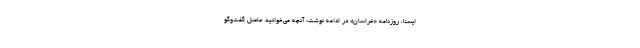
ایسنا، روزنامه «خراسان» در ادامه نوشت: آنچه می‌خوانید حاصل گفت‌وگو